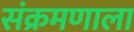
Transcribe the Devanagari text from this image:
संक्रमणाला